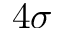
4 \sigma